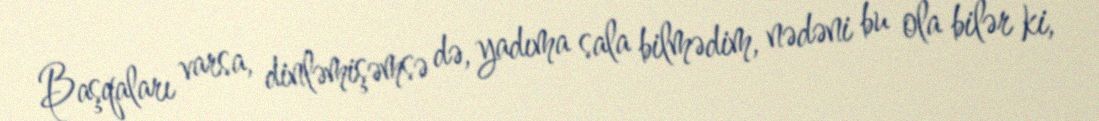
Başqaları varsa, dinləmişəmsə də, yadıma sala bilmədim, nədəni bu ola bilər ki,